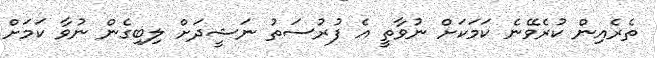
ތެރެއިން ކުރެވޭނެ ކަމަކަށް ނުވާތީ އެ ފުރުސަތު ނަޝީދަށް ލިބިގެން ނުވާ ކަމަށް